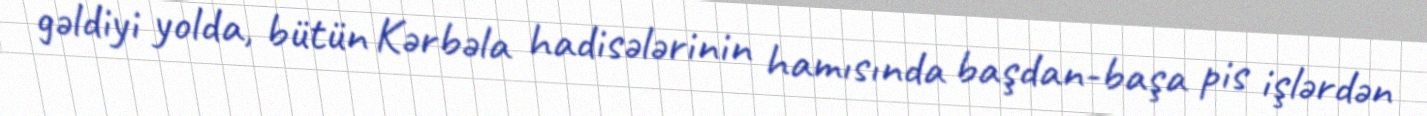
gəldiyi yolda, bütün Kərbəla hadisələrinin hamısında başdan-başa pis işlərdən